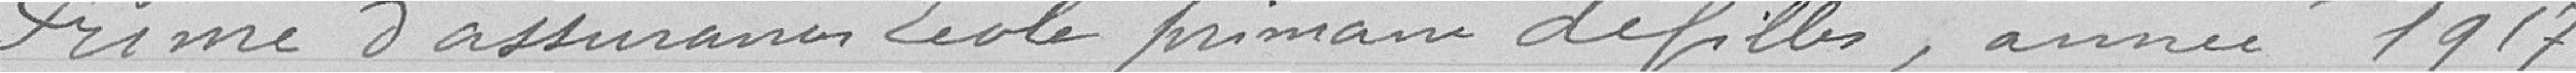
Prime d'assurance école primaire de filles, année 1917